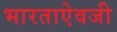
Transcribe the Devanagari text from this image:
भारताऐवजी